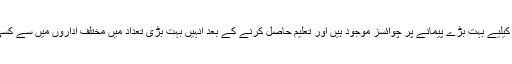
بزنس ایڈمنسٹریشن کے گریجوایٹس کیلیے بہت بڑے پیمانے پر چوائسز موجود ہیں اور تعلیم حاصل کرنے کے بعد انہیں بہت بڑی تعداد میں مختلف اداروں میں سے کسی ایک کے انتخاب کا موقع ملتا ہے۔